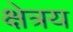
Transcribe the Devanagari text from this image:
क्षेत्रय